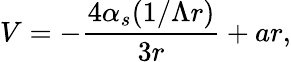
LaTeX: V=-{\frac{4\alpha_{s}(1/\Lambda r)}{3r}}+ar,